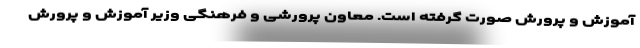
آموزش و پرورش صورت گرفته است. معاون پرورشی و فرهنگی وزیر آموزش و پرورش